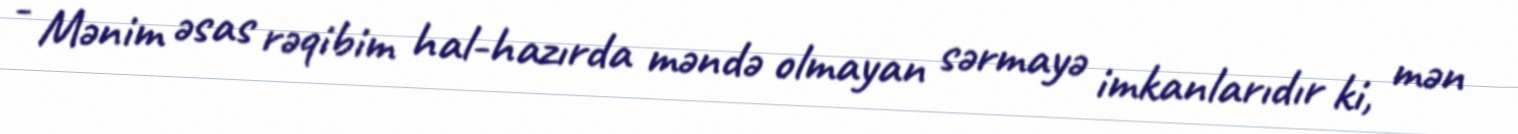
- Mənim əsas rəqibim hal-hazırda məndə olmayan sərmayə imkanlarıdır ki, mən